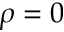
\rho = 0